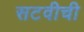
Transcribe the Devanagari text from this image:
सटवीची